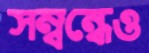
সম্বন্ধেও